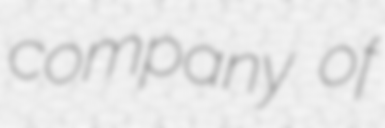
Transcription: company of